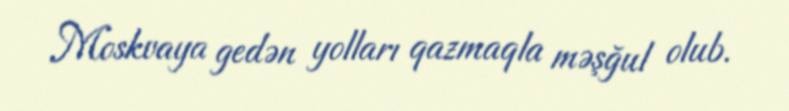
Moskvaya gedən yolları qazmaqla məşğul olub.